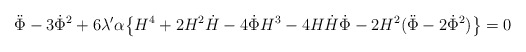
\begin{align*}\ddot{\Phi}-3\dot{\Phi}^2+6\lambda'\alpha\big\{H^4+2H^2\dot{H}-4\dot{\Phi}H^3-4H\dot{H}\dot{\Phi}-2H^2(\ddot{\Phi}-2\dot{\Phi}^2)\big\}=0\end{align*}